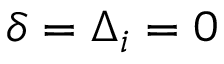
\delta = \Delta _ { i } = 0